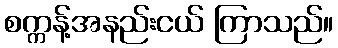
စက္ကန့်အနည်းငယ် ကြာသည်။